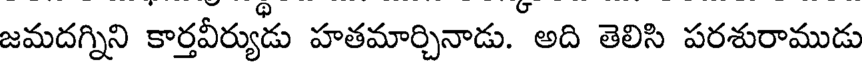
జమదగ్నిని కార్తవీర్యుడు హతమార్చినాడు. అది తెలిసి పరశురాముడు